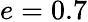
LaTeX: e=0.7